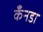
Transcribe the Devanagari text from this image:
कँनडा